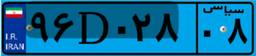
۹۶D۰۲۸۰۸